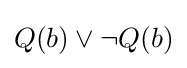
Q(b)\lor \neg Q(b)